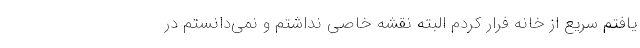
یافتم سریع از خانه فرار کردم البته نقشه خاصی نداشتم و نمی‌دانستم در